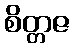
စိတ္တဇ